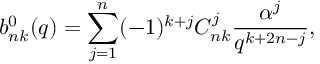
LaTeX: b _ { n k } ^ { 0 } ( q ) = \sum _ { j = 1 } ^ { n } ( - 1 ) ^ { k + j } C _ { n k } ^ { j } \frac { \alpha ^ { j } } { q ^ { k + 2 n - j } } ,